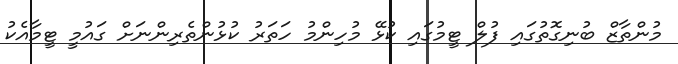
މުންތާޒް ބުނިގޮތުގައި ފުލް ޓީމުގައި ކުޅޭ މުހިންމު ހަތަރު ކުޅުންތެރިންނަށް ގައުމީ ޓީމާއެކު